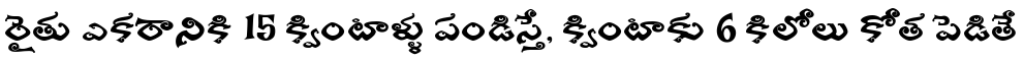
రైతు ఎకరానికి 15 క్వింటాళ్ళు పండిస్తే, క్వింటాకు 6 కిలోలు కోత పెడితే